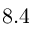
8 . 4